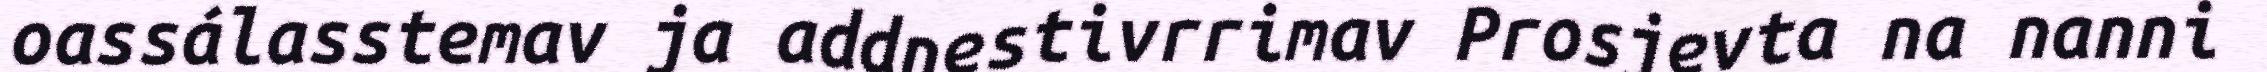
oassálasstemav ja addnestivrrimav Prosjevta na nanni